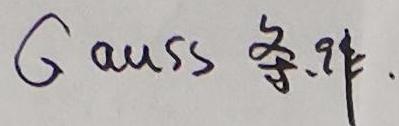
Gauss 等.非.